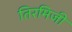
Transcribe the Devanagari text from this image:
तिरमिजी